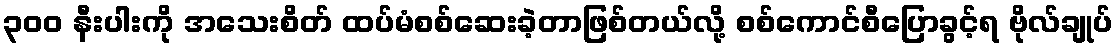
၃၀၀ နီးပါးကို အသေးစိတ် ထပ်မံစစ်ဆေးခဲ့တာဖြစ်တယ်လို့ စစ်ကောင်စီပြောခွင့်ရ ဗိုလ်ချုပ်